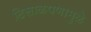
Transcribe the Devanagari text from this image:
ढिसाळपणामुळे